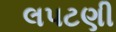
લપટણી